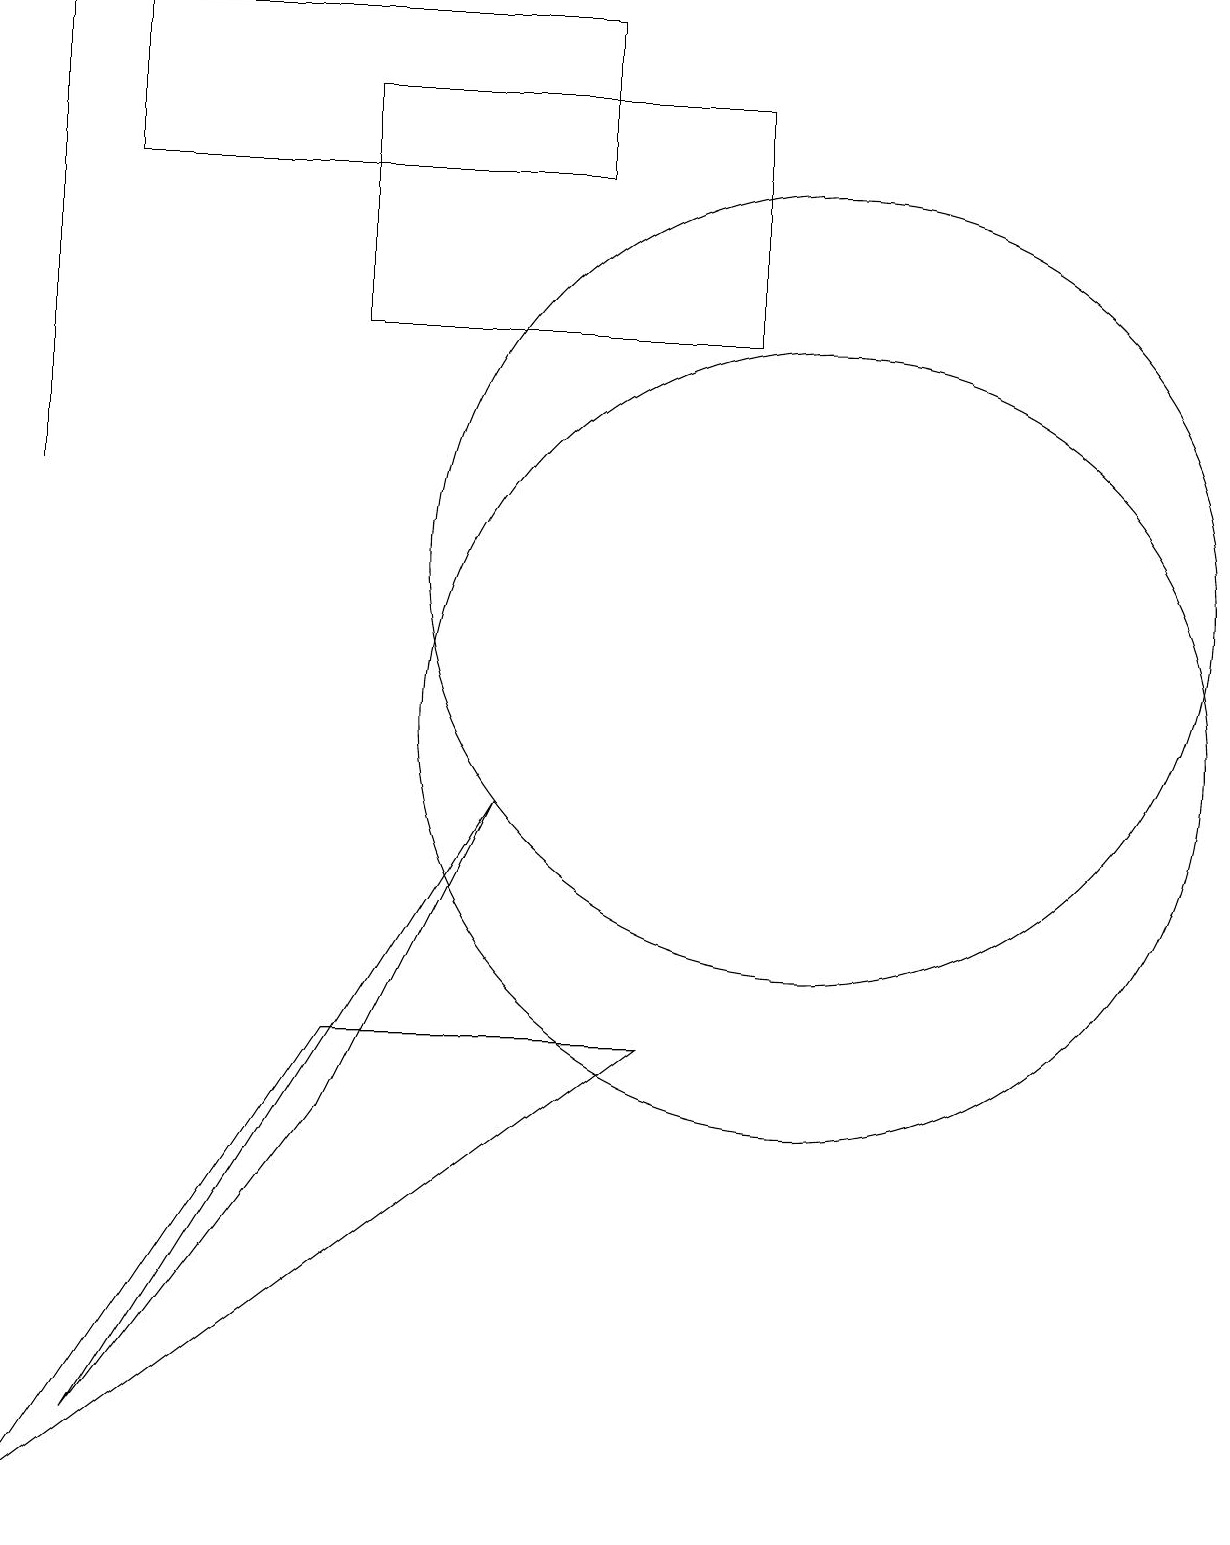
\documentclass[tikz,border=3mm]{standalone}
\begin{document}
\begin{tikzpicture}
\draw (0,0) -- (8,6) -- (4,6) -- cycle;
\draw (10,12) circle (5);
\draw (9,18) rectangle (4,15);
\draw (10,10) circle (5);
\draw[->] (0,13) -- (0,19);
\draw (7,19) rectangle (1,17);
\draw (6,9) -- (1,1) -- (4,5) -- cycle;
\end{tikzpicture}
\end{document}